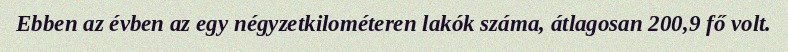
Ebben az évben az egy négyzetkilométeren lakók száma, átlagosan 200,9 fő volt.